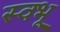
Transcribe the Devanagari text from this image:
स्वभू